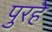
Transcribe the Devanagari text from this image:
पुरहे